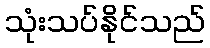
သုံးသပ်နိုင်သည်